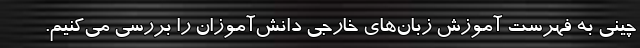
چینی به فهرست آموزش زبان‌های‌ خارجی دانش‌آموزان را بررسی می‌کنیم.